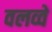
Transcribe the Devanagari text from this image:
वलव्वे